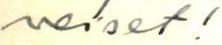
veiset!